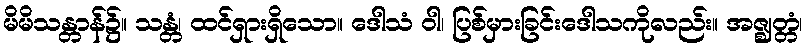
မိမိသန္တာန်၌။ သန္တံ၊ ထင်ရှားရှိသော။ ဒေါသံ ဝါ၊ ပြစ်မှားခြင်းဒေါသကိုလည်း။ အဇ္ဈတ္တံ၊